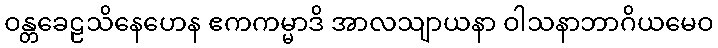
ဝန္တခေဠသိနေဟေန ဧကကမ္မာဒိ အာလသျာယနာ ဝါသနာဘာဂိယမေဝ